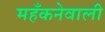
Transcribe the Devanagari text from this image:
महँकनेवाली